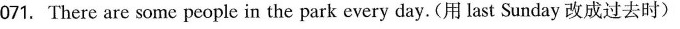
071. There are some people in the park every day.(用 last Sunday改成过去时)